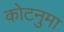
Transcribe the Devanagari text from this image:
कोटनुमा